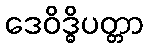
ဒေဝိဒ္ဓိပတ္တာ